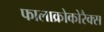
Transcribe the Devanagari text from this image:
फालाक्रोकोरैक्स